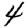
Digit: 4